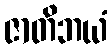
ဇာတိဘယံ